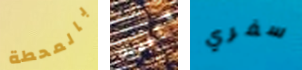
بالمحطة متفقين سفري